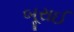
બૂરાઈ